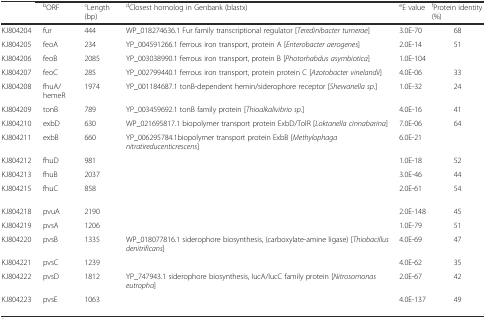
<table><thead><tr><td>[EMPTY_CELL]</td><td><b><sup>b</sup>ORF</b></td><td><b><sup>c</sup>Length (bp)</b></td><td><b><sup>d</sup>Closest homolog in Genbank (blastx)</b></td><td><b><sup>e</sup>E value</b></td><td><b><sup>f</sup>Protein identity (%)</b></td></tr></thead><tbody><tr><td>KJ804204</td><td>fur</td><td>444</td><td>WP_018274636.1 Fur family transcriptional regulator [<i>Teredinibacter turnerae</i>]</td><td>3.0E-70</td><td>68</td></tr><tr><td>KJ804205</td><td>feoA</td><td>234</td><td>YP_004591266.1 ferrous iron transport, protein A [<i>Enterobacter aerogenes</i>]</td><td>2.0E-14</td><td>51</td></tr><tr><td>KJ804206</td><td>feoB</td><td>2085</td><td>YP_003038990.1 ferrous iron transport, protein B [<i>Photorhabdus asymbiotica</i>]</td><td>1.0E-104</td><td>[EMPTY_CELL]</td></tr><tr><td>KJ804207</td><td>feoC</td><td>285</td><td>YP_002799440.1 ferrous iron transport, protein protein C [<i>Azotobacter vinelandii</i>]</td><td>4.0E-06</td><td>33</td></tr><tr><td>KJ804208</td><td>fhuA/hemeR</td><td>1974</td><td>YP_001184687.1 tonB-dependent hemin/siderophore receptor [<i>Shewanella sp.</i>]</td><td>1.0E-32</td><td>24</td></tr><tr><td>KJ804209</td><td>tonB</td><td>789</td><td>YP_003459692.1 tonB family protein [<i>Thioalkalivibrio sp.</i>]</td><td>4.0E-16</td><td>41</td></tr><tr><td>KJ804210</td><td>exbD</td><td>630</td><td>WP_021695817.1 biopolymer transport protein ExbD/TolR [<i>Loktanella cinnabarina</i>]</td><td>7.0E-06</td><td>64</td></tr><tr><td>KJ804211</td><td>exbB</td><td>660</td><td>YP_006295784.1biopolymer transport protein ExbB [<i>Methylophaga nitratireducenticrescens</i>]</td><td>6.0E-21</td><td>[EMPTY_CELL]</td></tr><tr><td>KJ804212</td><td>fhuD</td><td>981</td><td>[EMPTY_CELL]</td><td>1.0E-18</td><td>52</td></tr><tr><td>KJ804213</td><td>fhuB</td><td>2037</td><td>[EMPTY_CELL]</td><td>3.0E-46</td><td>44</td></tr><tr><td>KJ804215</td><td>fhuC</td><td>858</td><td>[EMPTY_CELL]</td><td>2.0E-61</td><td>54</td></tr><tr><td>KJ804218</td><td>pvuA</td><td>2190</td><td>[EMPTY_CELL]</td><td>2.0E-148</td><td>45</td></tr><tr><td>KJ804219</td><td>pvsA</td><td>1206</td><td>[EMPTY_CELL]</td><td>1.0E-79</td><td>51</td></tr><tr><td>KJ804220</td><td>pvsB</td><td>1335</td><td>WP_018077816.1 siderophore biosynthesis, (carboxylate-amine ligase) [<i>Thiobacillus denitrificans</i>]</td><td>4.0E-69</td><td>47</td></tr><tr><td>KJ804221</td><td>pvsC</td><td>1239</td><td>[EMPTY_CELL]</td><td>4.0E-62</td><td>35</td></tr><tr><td>KJ804222</td><td>pvsD</td><td>1812</td><td>YP_747943.1 siderophore biosynthesis, IucA/IucC family protein [<i>Nitrosomonas eutropha</i>]</td><td>2.0E-67</td><td>42</td></tr><tr><td>KJ804223</td><td>pvsE</td><td>1063</td><td>[EMPTY_CELL]</td><td>4.0E-137</td><td>49</td></tr></tbody></table>